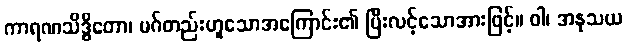
ကာရဏသိဒ္ဓိတော၊ မဂ်တည်းဟူသောအကြောင်း၏ ပြီးလင့်သောအားဖြင့်။ ဝါ၊ အနုသယ